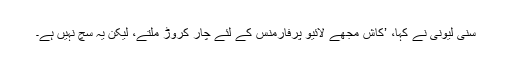
سنی لیونی نے کہا، ’کاش مجھے لائیو پرفارمنس کے لئے چار کروڑ ملتے، لیکن یہ سچ نہیں ہے۔